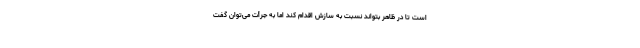
است تا در ظاهر بتواند نسبت به سازش اقدام کند اما به جرأت می‌توان گفت